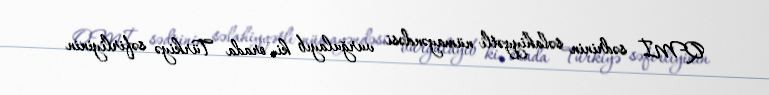
QMİ sədrinin səlahiyyətli nümayəndəsi vurğulayıb ki, orada Türkiyə səfirliyinin